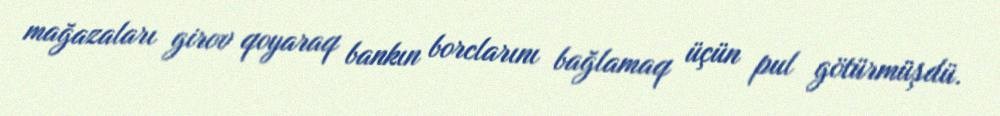
mağazaları girov qoyaraq bankın borclarını bağlamaq üçün pul götürmüşdü.